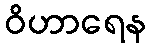
ဝိဟာရေန